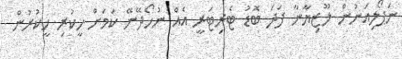
ނަޕޯލިއަނުން ލޫޒިޔާނާ ފަދަ ބޮޑު ޓެރިޓަރީ އެއް ނުހޯދޭނޭ ކަމަށް ހީކުރި ހީކުރުން